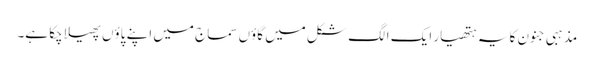
مذہبی جنون کا یہ ہتھیار ایک الگ شکل میں گاؤں سماج میں اپنے پاؤں پھیلا چکا ہے۔